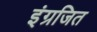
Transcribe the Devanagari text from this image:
इंग्रजित